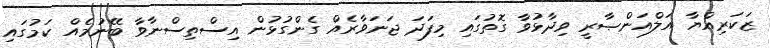
ޒަކަރިއްޔާ އަލްއަންޞާރީ ވިދާޅުވާ ގޮތުގައި މިފަދަ ޖަނަވާރެއް ގެންގުޅުން އިސްތިސްނާވާ ބޭނުމެއް ކަމުގައި